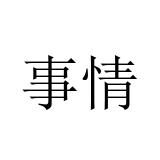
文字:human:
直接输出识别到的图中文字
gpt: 事情